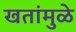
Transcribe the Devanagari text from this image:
खतांमुळे